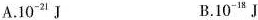
A.10^{21} J B.10^{18} J